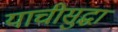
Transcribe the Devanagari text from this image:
याचीसुद्धा